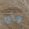
وأنا